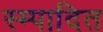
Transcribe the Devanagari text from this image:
स्म्पादित